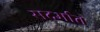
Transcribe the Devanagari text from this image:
सदर्भात